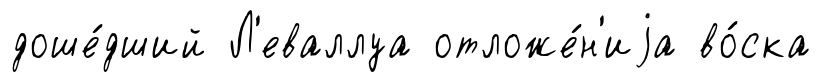
доше́дший Л'еваллуа отложе́н'иjа во́ска